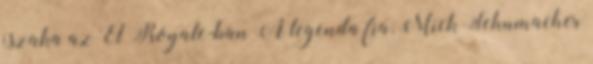
jszaka az El Royale-ban A legenda fia, Mick Schumacher